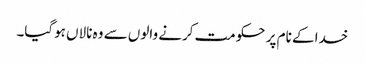
خدا کے نام پر حکومت کرنے والوں سے وہ نالاں ہوگیا۔